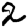
Digit: 2